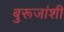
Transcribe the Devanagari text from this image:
बुरूजांशी